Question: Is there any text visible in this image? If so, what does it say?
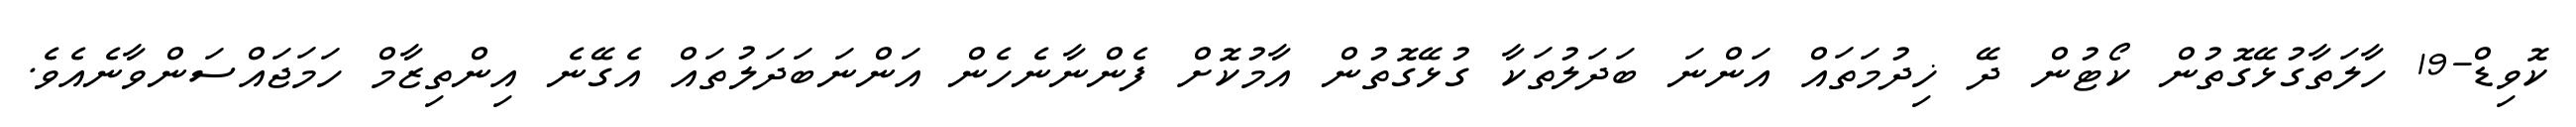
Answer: ކޮވިޑް-19 ހާލަތާގުޅޭގޮތުން ކޯޓުން ދޭ ޚިދުމަތައް އަންނަ ބަދަލުތަކާ ގުޅޭގޮތުން އާމުކޮށް ފެންނާނެހެން އަންނަބަދަލުތައް އެގޭނެ އިންތިޒާމް ހަމަޖައްސަންވާނެއެވެ.